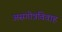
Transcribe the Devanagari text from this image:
असगोत्रविवाह